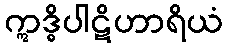
ဣဒ္ဓိပါဋိဟာရိယံ